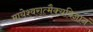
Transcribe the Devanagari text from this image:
मायेश्वरात्मैक्यविज्ञानं